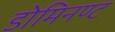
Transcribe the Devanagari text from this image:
डोमिनण्ट